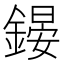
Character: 𨪶